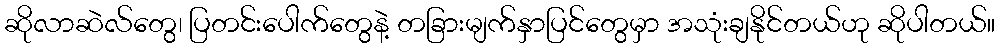
ဆိုလာဆဲလ်တွေ၊ ပြတင်းပေါက်တွေနဲ့ တခြားမျက်နှာပြင်တွေမှာ အသုံးချနိုင်တယ်ဟု ဆိုပါတယ်။